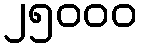
၂၅၀၀၀